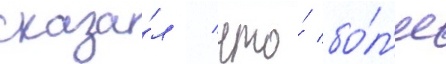
сказа́л / что́ бо́л'ее